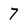
Character: 7